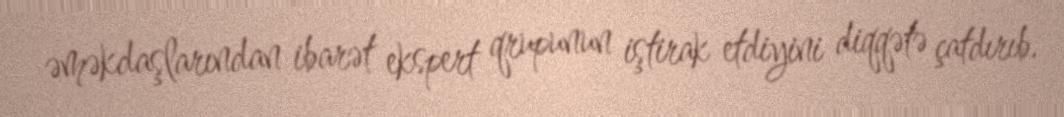
əməkdaşlarından ibarət ekspert qrupunun iştirak etdiyini diqqətə çatdırıb.